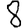
Digit: 8